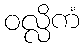
ဝလ္လိကံ